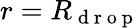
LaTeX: r=R_{\mathrm{~d~r~o~p~}}